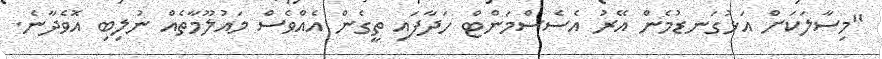
"މިސާލަކަށް އަޅުގަނޑުމެން އޭރު އެސެސްމަންޓް ހަދާފައި ތީގެން އެއްވެސް މައުލޫމާތެއް ނުލިބި އޮވެދާނެ.